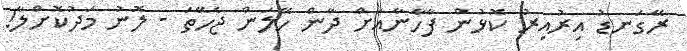
ރޭގަނޑު އިރުއިރު ކޮޅުން ފާހާނާއަށް ދާން ހޭލަން ޖެހޭތަ - ލޮނު މަދުކޮށްލާ!